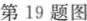
第19题图